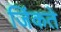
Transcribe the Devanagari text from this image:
जिंकते